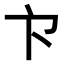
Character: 𭅳